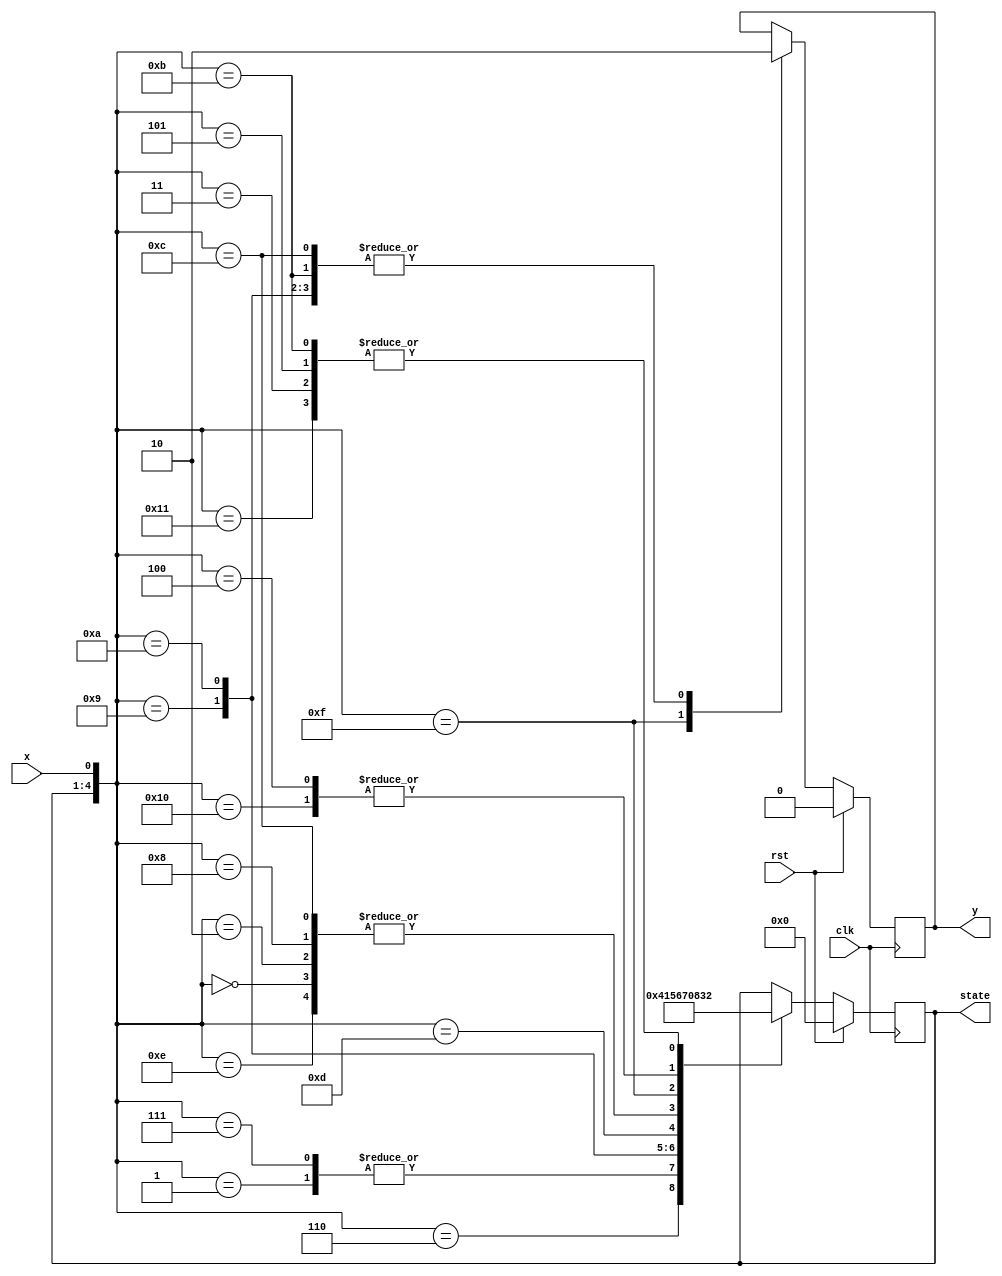
module FSM_CODE1(
    output reg [3:0] state,
    output reg y,
    input x,
    input clk,
	input rst
    );
	parameter A=4'b0000 ,//A-IDLE
			  B=4'b0001,
			  C=4'b0010,
			  D=4'b0011,
			  E=4'b0100,
			  F=4'b0101,
			  G=4'b0110,
			  H=4'b0111,
			  I=4'b1000;
			  
initial begin y=0; state=4'b0000; end


always @(posedge clk)
    begin
	if (rst==1)
		begin state=A; y=0; end
	else
	begin
    case({state,x})
     5'b00000: begin state<=A ; y<=0; end
	 5'b00001: begin state<=B;  y<=0; end
     5'b00010: begin state<=A;  y<=0; end
	 5'b00011: begin state<=C;  y<=0; end
	 5'b00100: begin state<=D;  y<=0; end
	 5'b00101: begin state<=C;  y<=0; end
	 5'b00110: begin state<=E;  y<=0; end
	 5'b00111: begin state<=B;  y<=0; end
	 5'b01000: begin state<=A ; y<=0; end
	 5'b01001: begin state<=F;  y<=0; end
     5'b01010: begin state<=G;  y<=0; end
	 5'b01011: begin state<=C;  y<=0; end
	 5'b01100: begin state<=A;  y<=0; end
	 5'b01101: begin state<=H;  y<=0; end
	 5'b01110: begin state<=A;  y<=0; end
	 5'b01111: begin state<=I;  y<=1; end
	 5'b10000: begin state<=D;  y<=0; end
	 5'b10001: begin state<=C;  y<=0; end  // CODE DETECTION ON 11001011 USING MOORE OVERLAP
	 endcase
	 end
	 end
endmodule